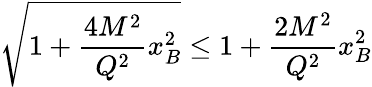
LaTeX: \sqrt{1+\frac{4M^{2}}{Q^{2}}x_{B}^{2}}\leq 1+\frac{2M^{2}}{Q^{2}}x_{B}^{2}